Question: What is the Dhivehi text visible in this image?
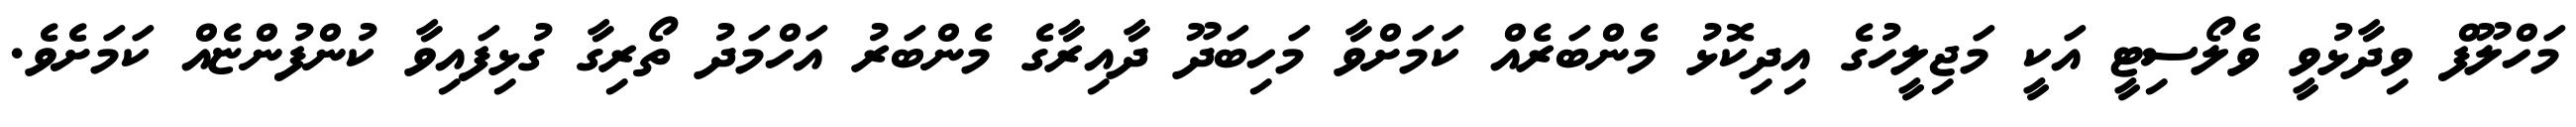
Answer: މަހްލޫފް ވިދާޅުވީ ވެލޯސިޓީ އަކީ މަޖިލީހުގެ އިދިކޮޅު މެންބަރެއް ކަމަށްވާ މަހިބަދޫ ދާއިރާގެ މެންބަރު އަހްމަދު ތޯރިގާ ގުޅިފައިވާ ކުންފުންޏެއް ކަމަށެވެ.